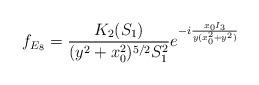
LaTeX: \begin{align*}f_{E_8}=\frac{K_2(S_1)}{(y^2+x_0^2)^{5/2}S_1^2}e^{-i\frac{x_0 I_3}{y(x_0^2 + y^2)}}\end{align*}